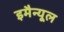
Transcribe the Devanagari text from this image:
इमैन्यूल